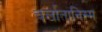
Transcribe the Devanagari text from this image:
चर्लातानिस्म